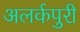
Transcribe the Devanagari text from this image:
अलर्कपुरी